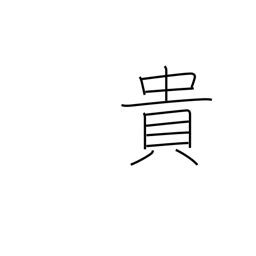
Meaning: precious